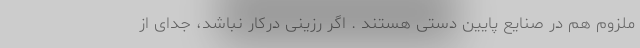
ملزوم هم در صنایع پایین دستی هستند . اگر رزینی درکار نباشد، جدای از